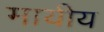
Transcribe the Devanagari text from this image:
मायीय